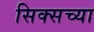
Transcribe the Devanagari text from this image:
सिक्सच्या